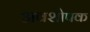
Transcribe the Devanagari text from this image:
अवशोपक